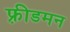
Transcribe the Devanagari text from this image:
फ़्रीडमन